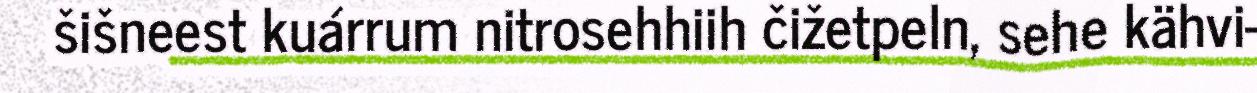
šišneest kuárrum nitrosehhiih čižetpeln, sehe kähvi-